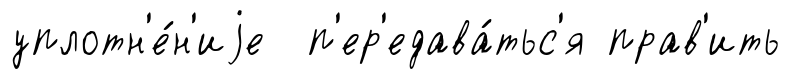
уплотн'е́н'иjе п'ер'едава́тьс'я прав'ить